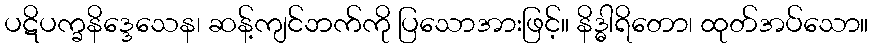
ပဋိပက္ခနိဒ္ဒေသေန၊ ဆန့်ကျင်ဘက်ကို ပြသောအားဖြင့်။ နိဒ္ဓါရိတော၊ ထုတ်အပ်သော။